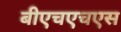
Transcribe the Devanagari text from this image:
बीएचएचएस